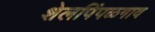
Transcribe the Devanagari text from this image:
शेलपिंपळगाव